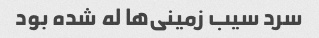
سرد سیب زمینی‌ها له شده بود